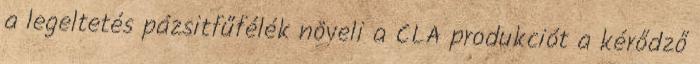
a legeltetés pázsitfűfélék növeli a CLA produkciót a kérődző